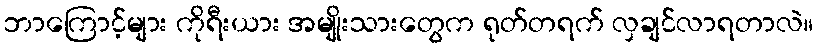
ဘာကြောင့်များ ကိုရီးယား အမျိုးသားတွေက ရုတ်တရက် လှချင်လာရတာလဲ။